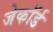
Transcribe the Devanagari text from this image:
जेकॉर्ड